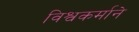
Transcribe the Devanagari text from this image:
विश्वकर्माने